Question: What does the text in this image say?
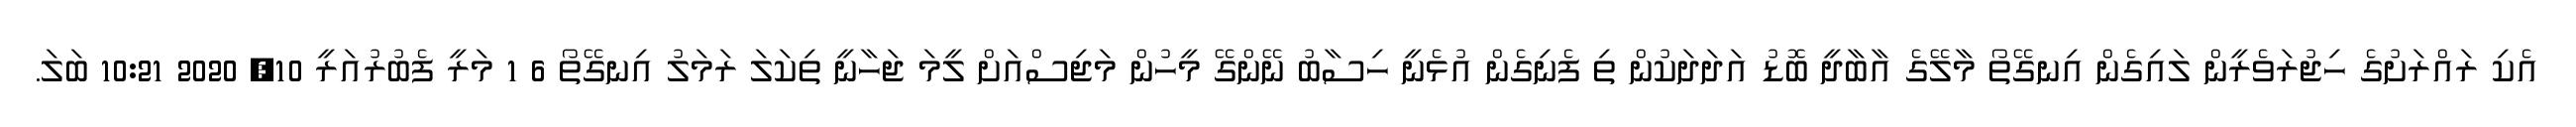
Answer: އެކި ރައްރަށުގެ ހިޖުރަވެރީން ލައިގެން އިނގޭތޯ މާލޭގެ އާބާދީ ބޮޑު އަދަދަކުން ތި ފެނިގެން އުޅެނީ ހިސާބު ނޭންގޭ މީހުން މަޖިސްއަށް ލީމަ ޖަހާނީ ތިކަލަ ރަމަލު އިނގޭތޯ 6 1 މަރީ ފެބުރުއަރީ 10, 2020 10:21 ބަލަ.